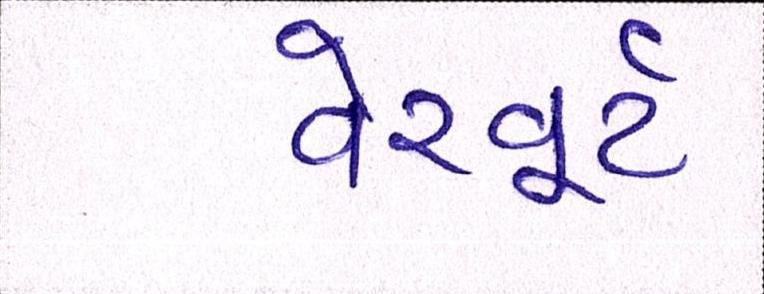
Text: વેરવૂર્ટ